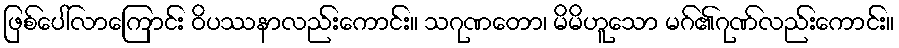
ဖြစ်ပေါ်လာကြောင်း ဝိပဿနာလည်းကောင်း။ သဂုဏတော၊ မိမိဟူသော မဂ်၏ဂုဏ်လည်းကောင်း။